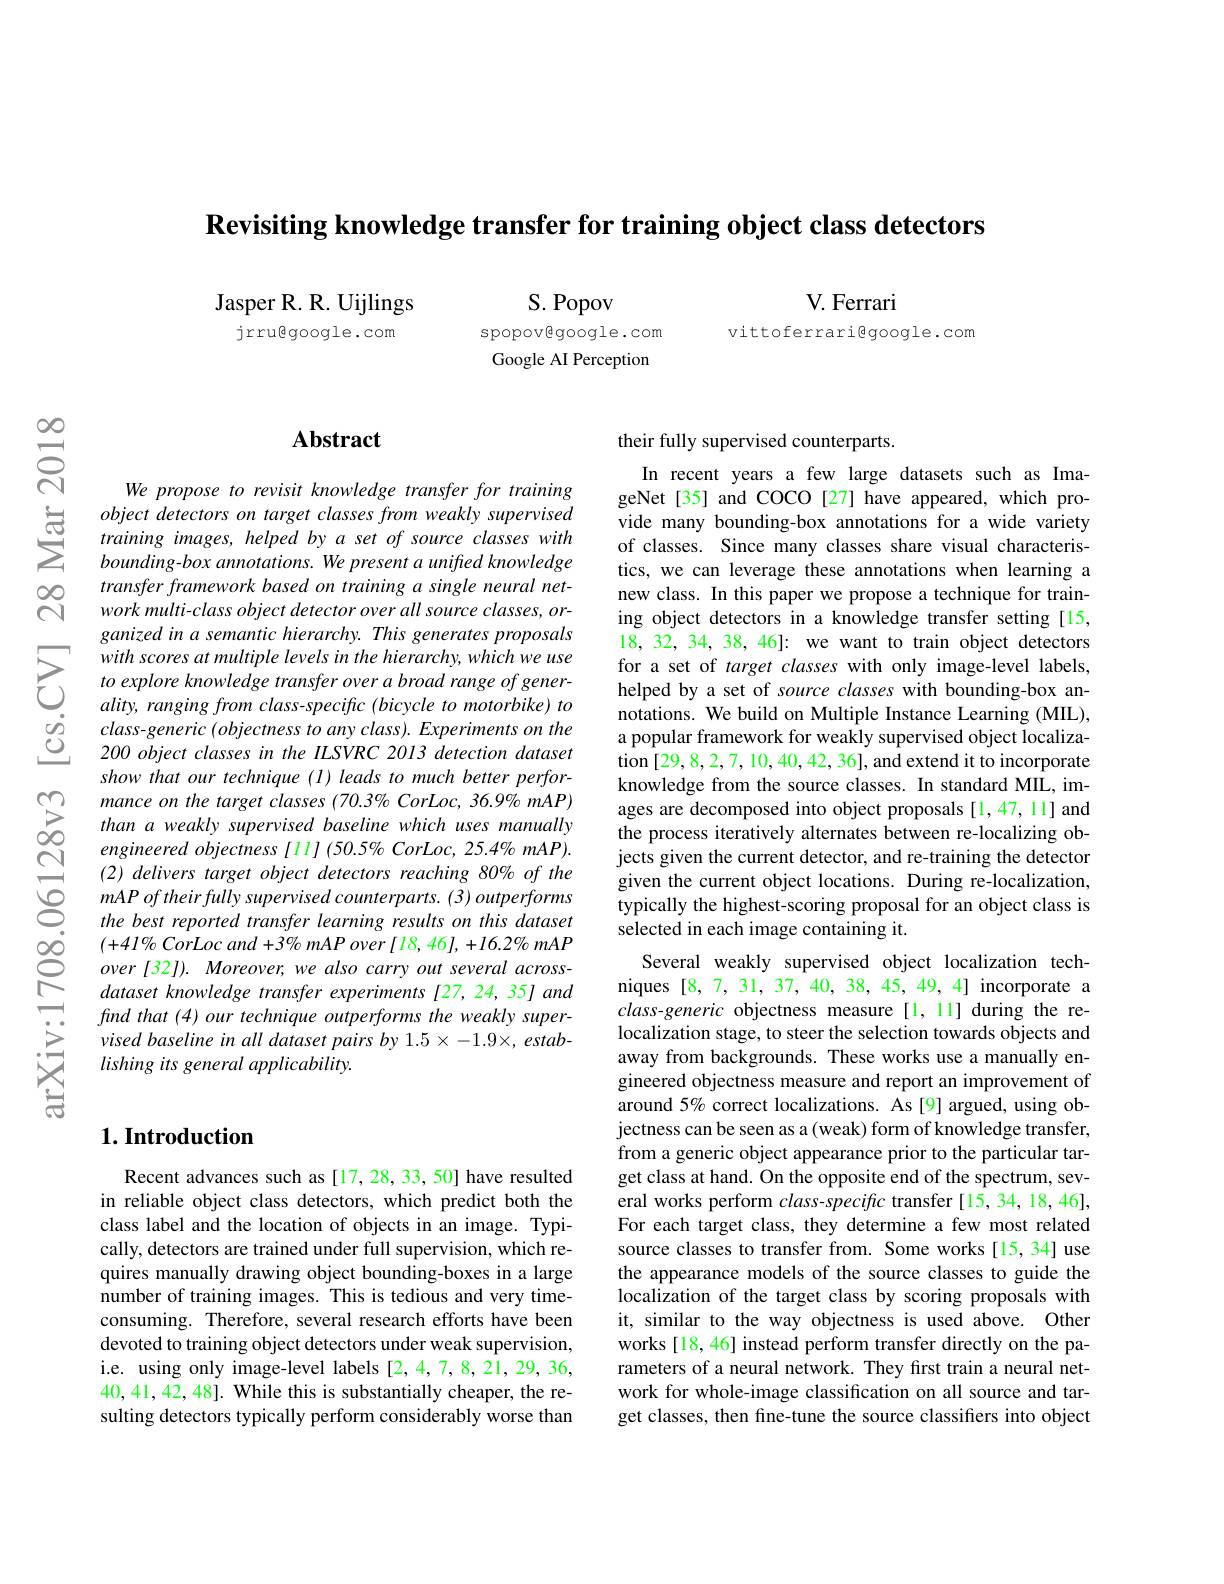
$\textbf{Revisiting knowledge transfer for training object class detectors}$

Jasper R. R. Uijlings
jrrugoogle.com

V. Ferrari

vittoferrarigoogle.com

S. Popov
spopovegoogle.com Google AI Perception

$സ്പെ$

$స్సి$

## Abstract

We propose to revisit knowledge transfer for training
$\sum_{\begin{array}{cc}&object&detectors&on&target&classes&from&weakly&supervised\\&training&images,&helped&by&a&set&of&source&classes&with\\&bounding-box&annotations.&We&present&a&unifted&knowledge\end{array}}$
$transferframework\textit{based on training a single neural net- }$ work multi-class object detector over all source classes, organized in a semantic hierarchy. This generates proposals
with scores at multiple levels in the hierarchy, which we use for a set of target classes with only image- levels, to explore kuowledge eransfer over a brod ranger- heleped by a set of sourrees with only image- levels, ality, ranging from class- s
$\begin{array}{lll}{&ality,ranging\:from\:class-speciftc\:(bicycle\:to\:motorbike)\:to}\\{\dot{o}}&{class-generic\:(objectness\:to\:any\:class).\:Experiments\:on\:the}\\{\dot{O}}&{200\:object\:classes\:in\:the\:ILSVRC\:2013\:detection\:dataset}\end{array}$
show that our technique (I) leads to much better perfor-
$\begin{array}{ccc}{\textcircled{\mathrm{m}}}&{\text{mance on the target classes (70.3\% CorLoc, 36.9\% mAP)}}\\{\textcircled{\mathrm{o}}}&{\text{than a weakly supervised baseline which uses manually}}\\{\textcircled{\mathrm{N}}}&{\text{engineered objectness[11](50.5\% CorLoc, 25.4\% mAP).}}\end{array}$
(2) delivers target object detectors reaching 80% of the $mAPoftheirfullysupervisedcounterparts.(3)outperforms$ the best reported transfer learning results on this dataset $(+41\%CorLocand+3\%mAPover[18,46],+16.2\%mAP$ $over[32]).Moreover,wealsocarryoutseveralacross-$ dataset knowledge transfer experiments[27,24,35]and find that (4) our technique outperforms the weakly supervised baseline in all dataset pairs by 1.5×-1.9×, establishing its general applicability.

### $1. \textbf{Introduction}$

Recent advances such as[17,28,33,50] have resulted in reliable object class detectors, which predict both the class label and the location of objects in an image. Typically, detectors are trained under full supervision, which requires manually drawing object bounding-boxes in a large number of training images. This is tedious and very timeconsuming. Therefore, several research efforts have been devoted to training object detectors under weak supervision, i.e. using only image-level labels [2,4,7,8,21,29,36, 40,41,42,48]. While this is substantially cheaper, the resulting detectors typically perform considerably worse than

their fully supervised counterparts.

In recent years a few large datasets such as ImageNet[35] and COCO[27] have appeared, which provide many bounding-box annotations for a wide variety of classes. Since many classes share visual characteristics, we can leverage these annotations when learning a new class. In this paper we propose a technique for training object detectors in a knowledge transfer setting [15, 18, 32, 34, 38, 46]: we want to train object detectors notations. We build on Multiple Instance Learning (MIL), a popular framework for weakly supervised object localization [29,8,2,7,10,40,42,36],and extend it to incorporate knowledge from the source classes. In standard MIL, images are decomposed into object proposals [1,47,11] and the process iteratively alternates between re-localizing objects given the current detector, and re-training the detector given the current object locations. During re-localization, typically the highest-scoring proposal for an object class is selected in each image containing it.
Several weakly supervised object localization techniques [8,7,31,37,40,38,45,49,4] incorporate a class-generic objectness measure [1,11] during the relocalization stage, to steer the selection towards objects and away from backgrounds. These works use a manually engineered objectness measure and report an improvement of around 5% correct localizations. As[9] argued, using objectness can be seen as a(weak) form of knowledge transfer, from a generic object appearance prior to the particular target class at hand. On the opposite end of the spectrum, several works perform $class-specifc$ transfer [15,34,18,46], For each target class, they determine a few most related source classes to transfer from. Some works[15, 34] use the appearance models of the source classes to guide the localization of the target class by scoring proposals with it, similar to the way objectness is used above. Other works [18, 46] instead perform transfer directly on the parameters of a neural network. They first train a neural network for whole-image classification on all source and target classes, then fine-tune the source classifiers into object